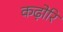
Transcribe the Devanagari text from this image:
कढ़ोरि